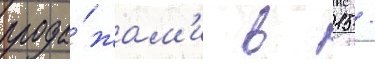
прода́жам'и в 15 /